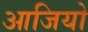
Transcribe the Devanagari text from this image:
आजियो